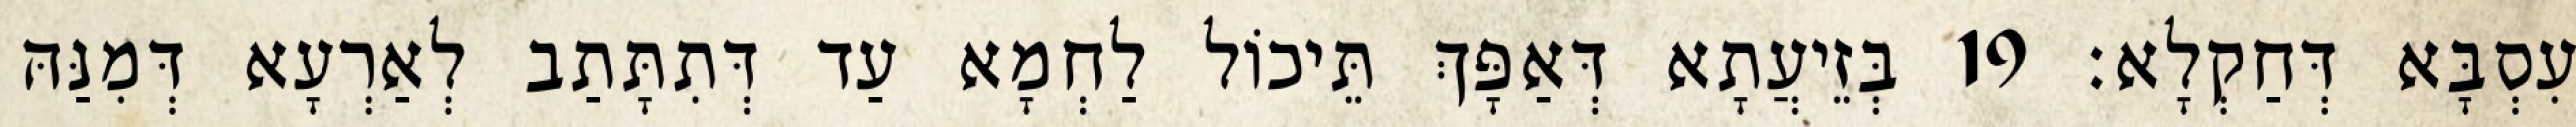
עִסְבָּא דְּחַקְלָא׃ 19 בְּזֵיעֲתָא דְּאַפָּךְ תֵּיכוֹל לַחְמָא עַד דְּתִתָּתַב לְאַרְעָא דְּמִנַּהּ